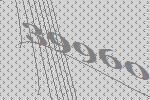
39960